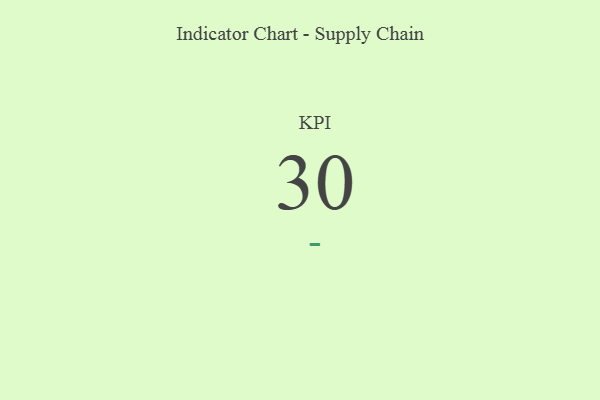
{"axis": {"x": "KPI", "y": "Value"}, "legend": [""], "data": [{"x": "KPI", "y": 30, "type": ""}]}